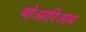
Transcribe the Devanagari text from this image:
बोआरिअम